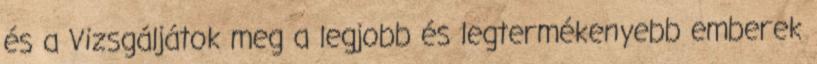
és a Vizsgáljátok meg a legjobb és legtermékenyebb emberek